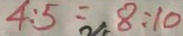
4 : 5 = 8 : 1 0